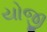
યોજી